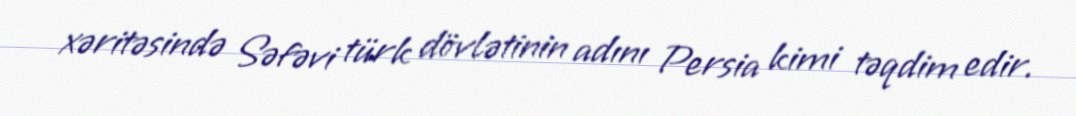
xəritəsində Səfəvi türk dövlətinin adını Persia kimi təqdim edir.